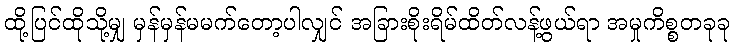
ထို့ပြင်ထိုသို့မျှ မှန်မှန်မမက်တော့ပါလျှင် အခြားစိုးရိမ်ထိတ်လန့်ဖွယ်ရာ အမှုကိစ္စတခုခု